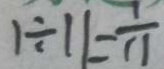
1 \div 1 1 = \frac { 1 } { 1 1 }